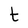
Character: t